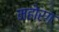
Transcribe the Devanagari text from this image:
महोरग